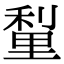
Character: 𮡗